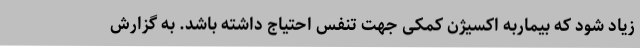
زیاد شود که بیماربه اکسیژن کمکی جهت تنفس احتیاج داشته باشد. به گزارش